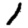
Digit: 1